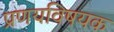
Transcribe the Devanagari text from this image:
प्रणयविषयक